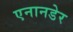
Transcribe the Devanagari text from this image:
एनानडेर